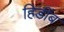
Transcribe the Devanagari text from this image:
हिडींब